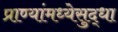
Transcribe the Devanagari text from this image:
प्राण्यांमध्येसुद्धा